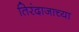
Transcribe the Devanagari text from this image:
तिरंदाजाच्या